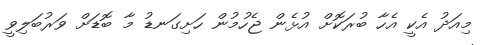
މިއަދު އެކީ އެހާ ބުރަކޮށް އުޅެން ޖެހުމުން ހަށިގަނޑު މާ ބޮޑަށް ވަރުބަލިވީ